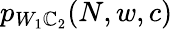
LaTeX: p_{W_{1}\mathbb{C}_{2}}(N,w,c)